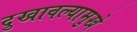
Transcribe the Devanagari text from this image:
दुखावल्यामुखे